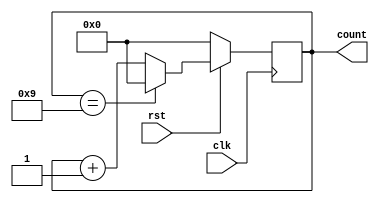
module decadecounter
(	input clk,rst,
	output reg [3:0]count);

always @(posedge clk)
begin
	if(!rst)
		count <= 4'd0;
	else if (count == 4'd9)
		count <= 4'd0;
	else
		count <= count + 1'b1;
end

endmodule